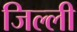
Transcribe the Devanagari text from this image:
जिल्ली